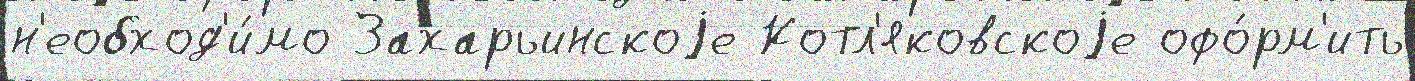
н'еобход'и́мо Захарьинскоjе Котл'яковскоjе офо́рм'ить